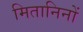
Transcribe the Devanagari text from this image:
मितानिनों